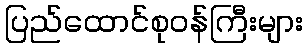
ပြည်ထောင်စုဝန်ကြီးများ